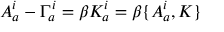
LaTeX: A _ { a } ^ { i } - \Gamma _ { a } ^ { i } = \beta K _ { a } ^ { i } = \beta \{ A _ { a } ^ { i } , K \}